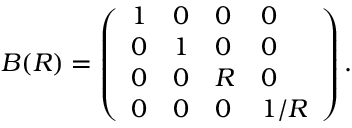
B ( R ) = \left( \begin{array} { l l l l } { { 1 } } & { { 0 } } & { { 0 } } & { { 0 } } \\ { { 0 } } & { { 1 } } & { { 0 } } & { { 0 } } \\ { { 0 } } & { { 0 } } & { { R } } & { { 0 } } \\ { { 0 } } & { { 0 } } & { { 0 } } & { { 1 / R } } \end{array} \right) .